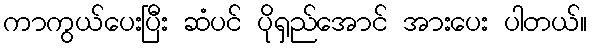
ကာကွယ်ပေးပြီး ဆံပင် ပိုရှည်အောင် အားပေး ပါတယ်။